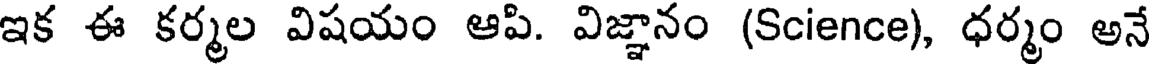
ఇక ఈ కర్మల విషయం ఆపి. విజ్ఞానం (Science), ధర్మం అనే